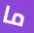
ما